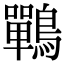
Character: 鷤